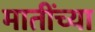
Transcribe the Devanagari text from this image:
मातींच्या